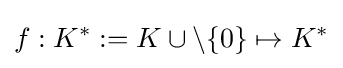
f:K^{*}:=K\cup \setminus \{0\}\mapsto K^{*}